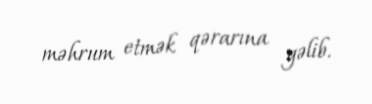
məhrum etmək qərarına gəlib.